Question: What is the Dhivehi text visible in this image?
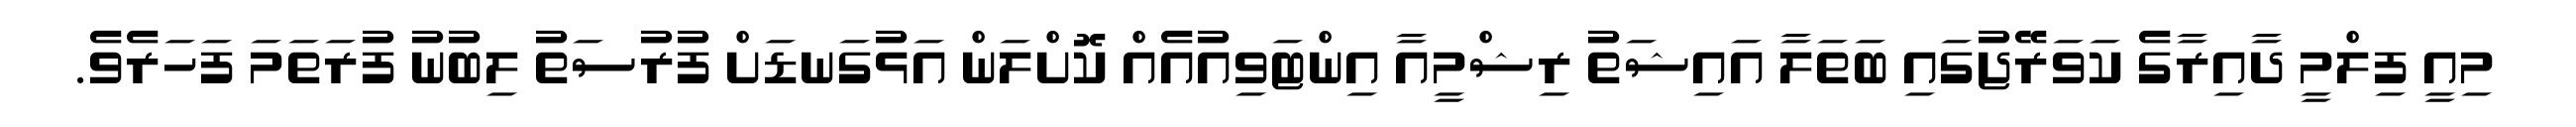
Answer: މިއީ ފިލްމީ ދާއިރާގެ ކަވަރޭޖުގައި ބަތަލާ އައިޝަތު ރިޝްމީއާ އިންޓަވިއުއެއް ކޮށްލަން އަޅުގަނޑަށް ފުރުސަތު ލިބުނު ފުރަތަމަ ފަހަރެވެ.